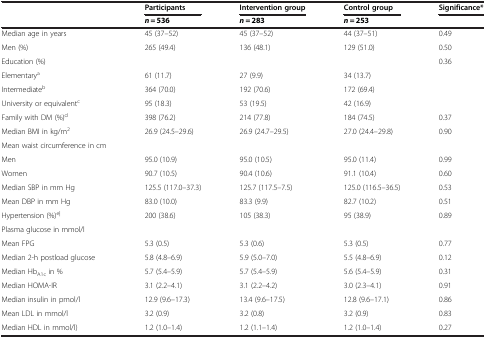
<table><thead><tr><td rowspan="2"><b> </b></td><td><b>Participants</b></td><td><b>Intervention group</b></td><td><b>Control group</b></td><td><b>Significance*</b></td></tr><tr><td><b><i>n</i> = 536</b></td><td><b><i>n</i> = 283</b></td><td><b><i>n</i> = 253</b></td><td><b> </b></td></tr></thead><tbody><tr><td>Median age in years</td><td>45 (37–52)</td><td>45 (37–52)</td><td>44 (37–51)</td><td>0.49</td></tr><tr><td>Men (%)</td><td>265 (49.4)</td><td>136 (48.1)</td><td>129 (51.0)</td><td>0.50</td></tr><tr><td>Education (%)</td><td> </td><td> </td><td> </td><td>0.36</td></tr><tr><td>Elementary<sup>a</sup></td><td>61 (11.7)</td><td>27 (9.9)</td><td>34 (13.7)</td><td> </td></tr><tr><td>Intermediate<sup>b</sup></td><td>364 (70.0)</td><td>192 (70.6)</td><td>172 (69.4)</td><td> </td></tr><tr><td>University or equivalent<sup>c</sup></td><td>95 (18.3)</td><td>53 (19.5)</td><td>42 (16.9)</td><td> </td></tr><tr><td>Family with DM (%)<sup>d</sup></td><td>398 (76.2)</td><td>214 (77.8)</td><td>184 (74.5)</td><td>0.37</td></tr><tr><td>Median BMI in kg/m<sup>2</sup></td><td>26.9 (24.5–29.6)</td><td>26.9 (24.7–29.5)</td><td>27.0 (24.4–29.8)</td><td>0.90</td></tr><tr><td>Mean waist circumference in cm</td><td> </td><td> </td><td> </td><td> </td></tr><tr><td>Men</td><td>95.0 (10.9)</td><td>95.0 (10.5)</td><td>95.0 (11.4)</td><td>0.99</td></tr><tr><td>Women</td><td>90.7 (10.5)</td><td>90.4 (10.6)</td><td>91.1 (10.4)</td><td>0.60</td></tr><tr><td>Median SBP in mm Hg</td><td>125.5 (117.0–37.3)</td><td>125.7 (117.5–7.5)</td><td>125.0 (116.5–36.5)</td><td>0.53</td></tr><tr><td>Mean DBP in mm Hg</td><td>83.0 (10.0)</td><td>83.3 (9.9)</td><td>82.7 (10.2)</td><td>0.51</td></tr><tr><td>Hypertension (%)<sup>e|</sup></td><td>200 (38.6)</td><td>105 (38.3)</td><td>95 (38.9)</td><td>0.89</td></tr><tr><td>Plasma glucose in mmol/l</td><td> </td><td> </td><td> </td><td> </td></tr><tr><td>Mean FPG</td><td>5.3 (0.5)</td><td>5.3 (0.6)</td><td>5.3 (0.5)</td><td>0.77</td></tr><tr><td>Median 2-h postload glucose</td><td>5.8 (4.8–6.9)</td><td>5.9 (5.0–7.0)</td><td>5.5 (4.8–6.9)</td><td>0.12</td></tr><tr><td>Median Hb<sub>A1c</sub> in %</td><td>5.7 (5.4–5.9)</td><td>5.7 (5.4–5.9)</td><td>5.6 (5.4–5.9)</td><td>0.31</td></tr><tr><td>Median HOMA-IR</td><td>3.1 (2.2–4.1)</td><td>3.1 (2.2–4.2)</td><td>3.0 (2.3–4.1)</td><td>0.91</td></tr><tr><td>Median insulin in pmol/l</td><td>12.9 (9.6–17.3)</td><td>13.4 (9.6–17.5)</td><td>12.8 (9.6–17.1)</td><td>0.86</td></tr><tr><td>Mean LDL in mmol/l</td><td>3.2 (0.9)</td><td>3.2 (0.8)</td><td>3.2 (0.9)</td><td>0.83</td></tr><tr><td>Median HDL in mmol/l)</td><td>1.2 (1.0–1.4)</td><td>1.2 (1.1–1.4)</td><td>1.2 (1.0–1.4)</td><td>0.27</td></tr></tbody></table>